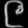
Digit: ၉